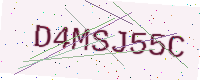
Text: D4MSJ55C